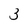
Character: 3